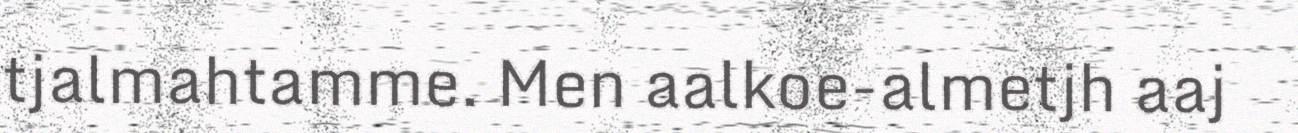
tjalmahtamme. Men aalkoe-almetjh aaj